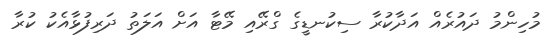
މުހިންމު ދައުރެއް އަދާކުރާ ސިކުނޑީގެ ގްރޭއި މޭޓާ އަށް އަލަތު ދަރިފުޅާއެކު ކުރާ